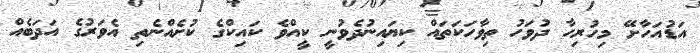
އަޑުއަހާށޭ މިހުރިހާ ދުވަހު ތިވާހަކަތައް ކިޔައިނުދެވުނީ ކީއްވެ ކައިކްގެ ކުށެއްނެތި އެވަރުގެ އަދަބެއް